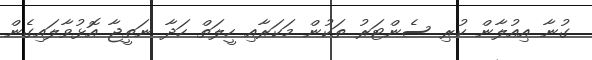
ގުނާ އިއުލާން ކުރި ސެންޓަރު ތަކުން މަކަރާއި ހީލަތް ހަދާ ނަތީޖާ އޮޅުވާލައިގެން